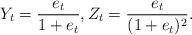
LaTeX: \begin{align*}Y_t = \frac{e_t}{1 +e_t}, Z_t = \frac{e_t}{(1+e_t)^2}.\end{align*}